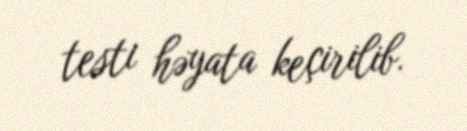
testi həyata keçirilib.